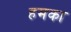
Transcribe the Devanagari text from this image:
हमका